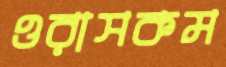
ওরাসকম